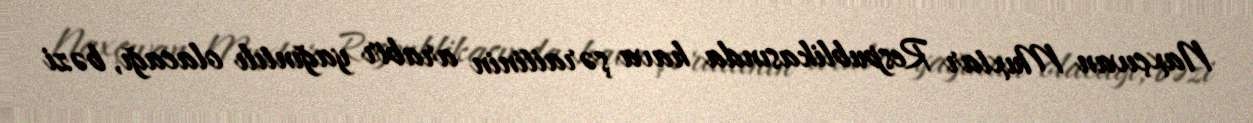
Naxçıvan Muxtar Respublikasında hava şəraitinin arabir yağıntılı olacağı, bəzi